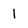
Character: 1